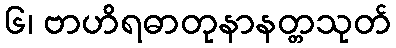
၆၊ ဗာဟိရဓာတုနာနတ္တသုတ်